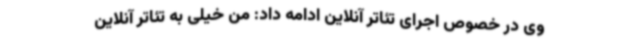
وی در خصوص اجرای تئاتر آنلاین ادامه داد: من خیلی به تئاتر آنلاین